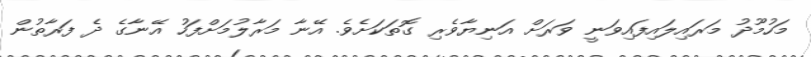
މަހުމޫދު މަރައިލައިފައިވަނީ ވަރަށް އަނިޔާވެރި ގޮތަކަށެވެ. އޭނާ މަރާލުމަށްފަހު އޭނާގެ ދެ ފަރާތުން